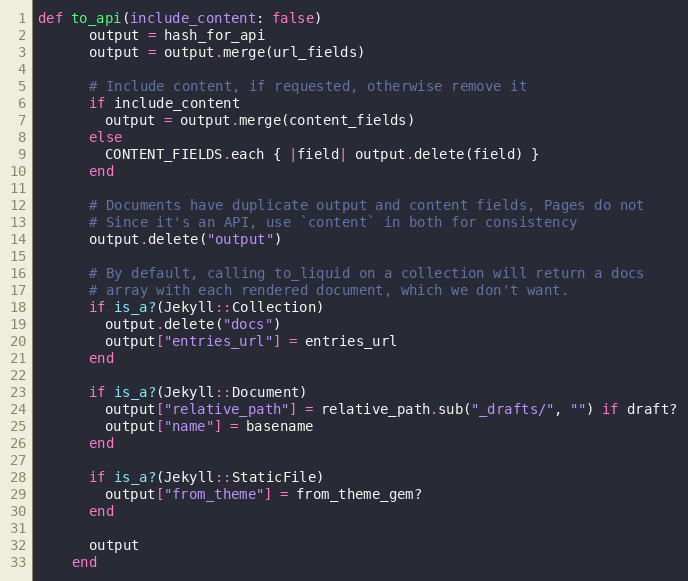
Language: Ruby
def to_api(include_content: false)
      output = hash_for_api
      output = output.merge(url_fields)

      # Include content, if requested, otherwise remove it
      if include_content
        output = output.merge(content_fields)
      else
        CONTENT_FIELDS.each { |field| output.delete(field) }
      end

      # Documents have duplicate output and content fields, Pages do not
      # Since it's an API, use `content` in both for consistency
      output.delete("output")

      # By default, calling to_liquid on a collection will return a docs
      # array with each rendered document, which we don't want.
      if is_a?(Jekyll::Collection)
        output.delete("docs")
        output["entries_url"] = entries_url
      end

      if is_a?(Jekyll::Document)
        output["relative_path"] = relative_path.sub("_drafts/", "") if draft?
        output["name"] = basename
      end

      if is_a?(Jekyll::StaticFile)
        output["from_theme"] = from_theme_gem?
      end

      output
    end